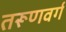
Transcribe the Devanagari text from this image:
तरूणवर्ग